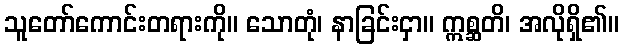
သူတော်ကောင်းတရားကို။ သောတုံ၊ နာခြင်းငှာ။ ဣစ္ဆတိ၊ အလိုရှိ၏။